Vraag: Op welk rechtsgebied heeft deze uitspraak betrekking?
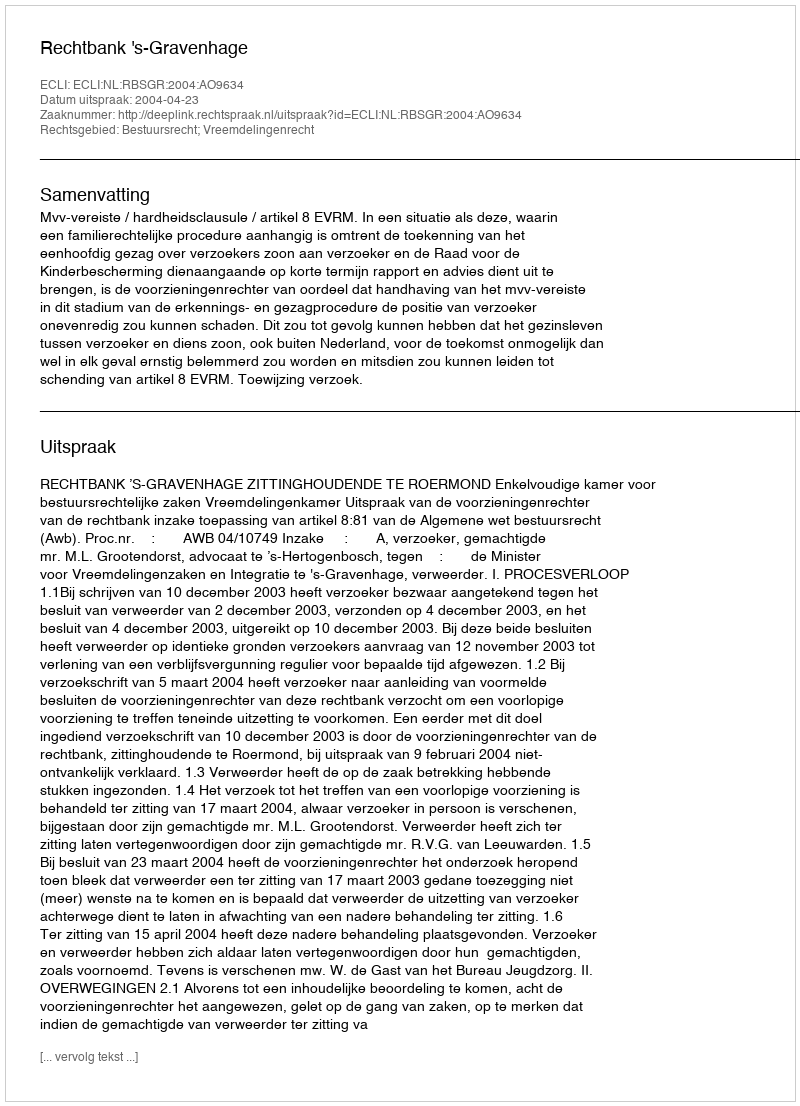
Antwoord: Bestuursrecht; Vreemdelingenrecht